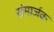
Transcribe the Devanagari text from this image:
संमार्जक